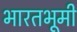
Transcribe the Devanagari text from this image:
भारतभूमी